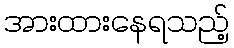
အားထားနေရသည့်